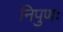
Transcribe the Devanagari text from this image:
निपुणः